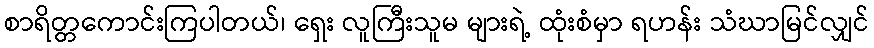
စာရိတ္တကောင်းကြပါတယ်၊ ရှေး လူကြီးသူမ များရဲ့ ထုံးစံမှာ ရဟန်း သံဃာမြင်လျှင်